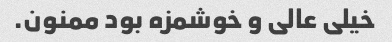
خیلی عالی و خوشمزه بود ممنون.